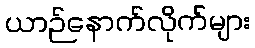
ယာဉ်နောက်လိုက်များ